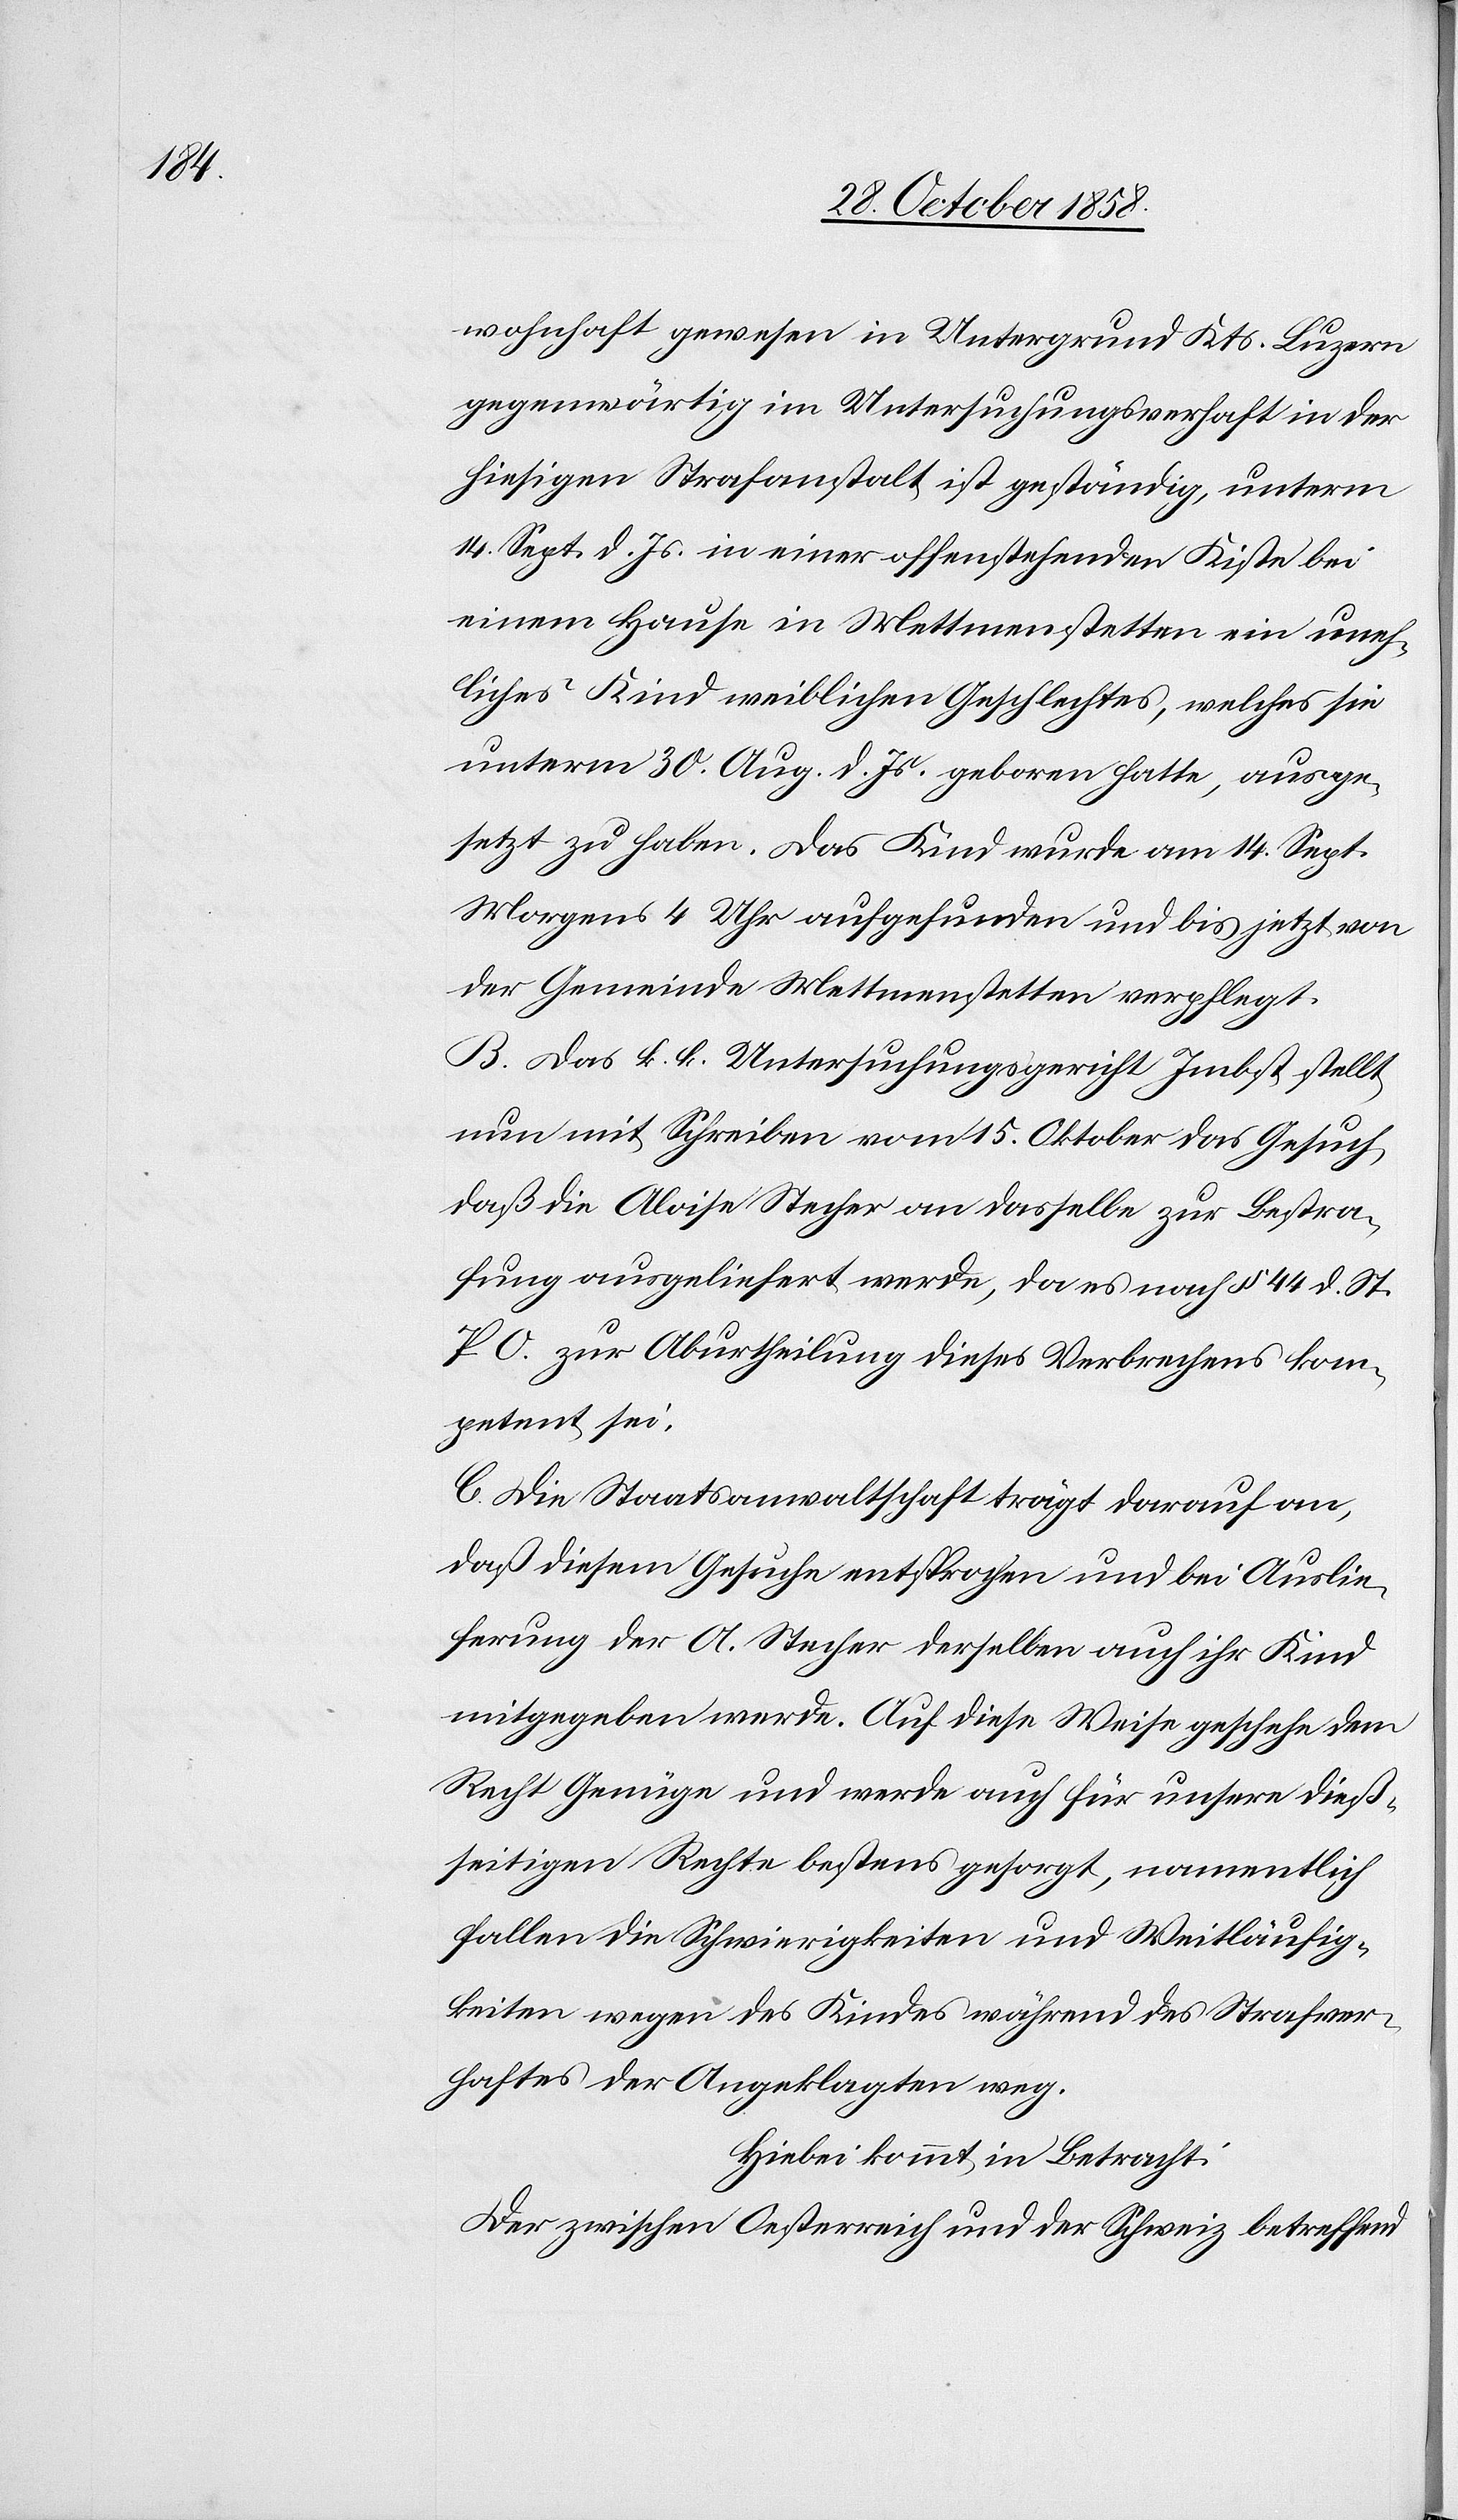
wohnhaft gewesen in Untergrund Kts. Luzern
gegenwärtig im Untersuchungsverhaft in der
hiesigen Strafanstalt ist geständig, unterm
14. Sept. d. Js. in einer offenstehenden Kiste bei
einem Hause in Mettmenstetten ein uneh¬
liches Kind weiblichen Geschlechtes, welches sie
unterm 30. Aug. d. Js. geboren hatte, ausge¬
setzt zu haben. Das Kind wurde am 14. Sept.
Morgens 4 Uhr aufgefunden und bis jetzt von
der Gemeinde Mettmenstetten verpflegt.
B. Das k. k. Untersuchungsgericht Imbst stellt
nun mit Schreiben vom 15. Oktober das Gesuch,
daß die Aloise Stecher an dasselbe zur Bestra¬
fung ausgeliefert werde, da es nach § 44 d. St.
P. O. zur Aburtheilung dieses Verbrechens kom¬
petent sei.
C. Die Staatsanwaltschaft trägt darauf an,
daß diesem Gesuche entsprochen und bei Auslie¬
ferung der A. Stecher derselben auch ihr Kind
mitgegeben werde. Auf diese Weise geschehe dem
Recht Genüge und werde auch für unsere dieß¬
seitigen Rechte bestens gesorgt, namentlich
fallen die Schwierigkeiten und Weitläufig¬
keiten wegen des Kindes während des Strafver¬
haftes der Angeklagten weg.
Hiebei kommt in Betracht:
Der zwischen Oesterreich und der Schweiz betreffend